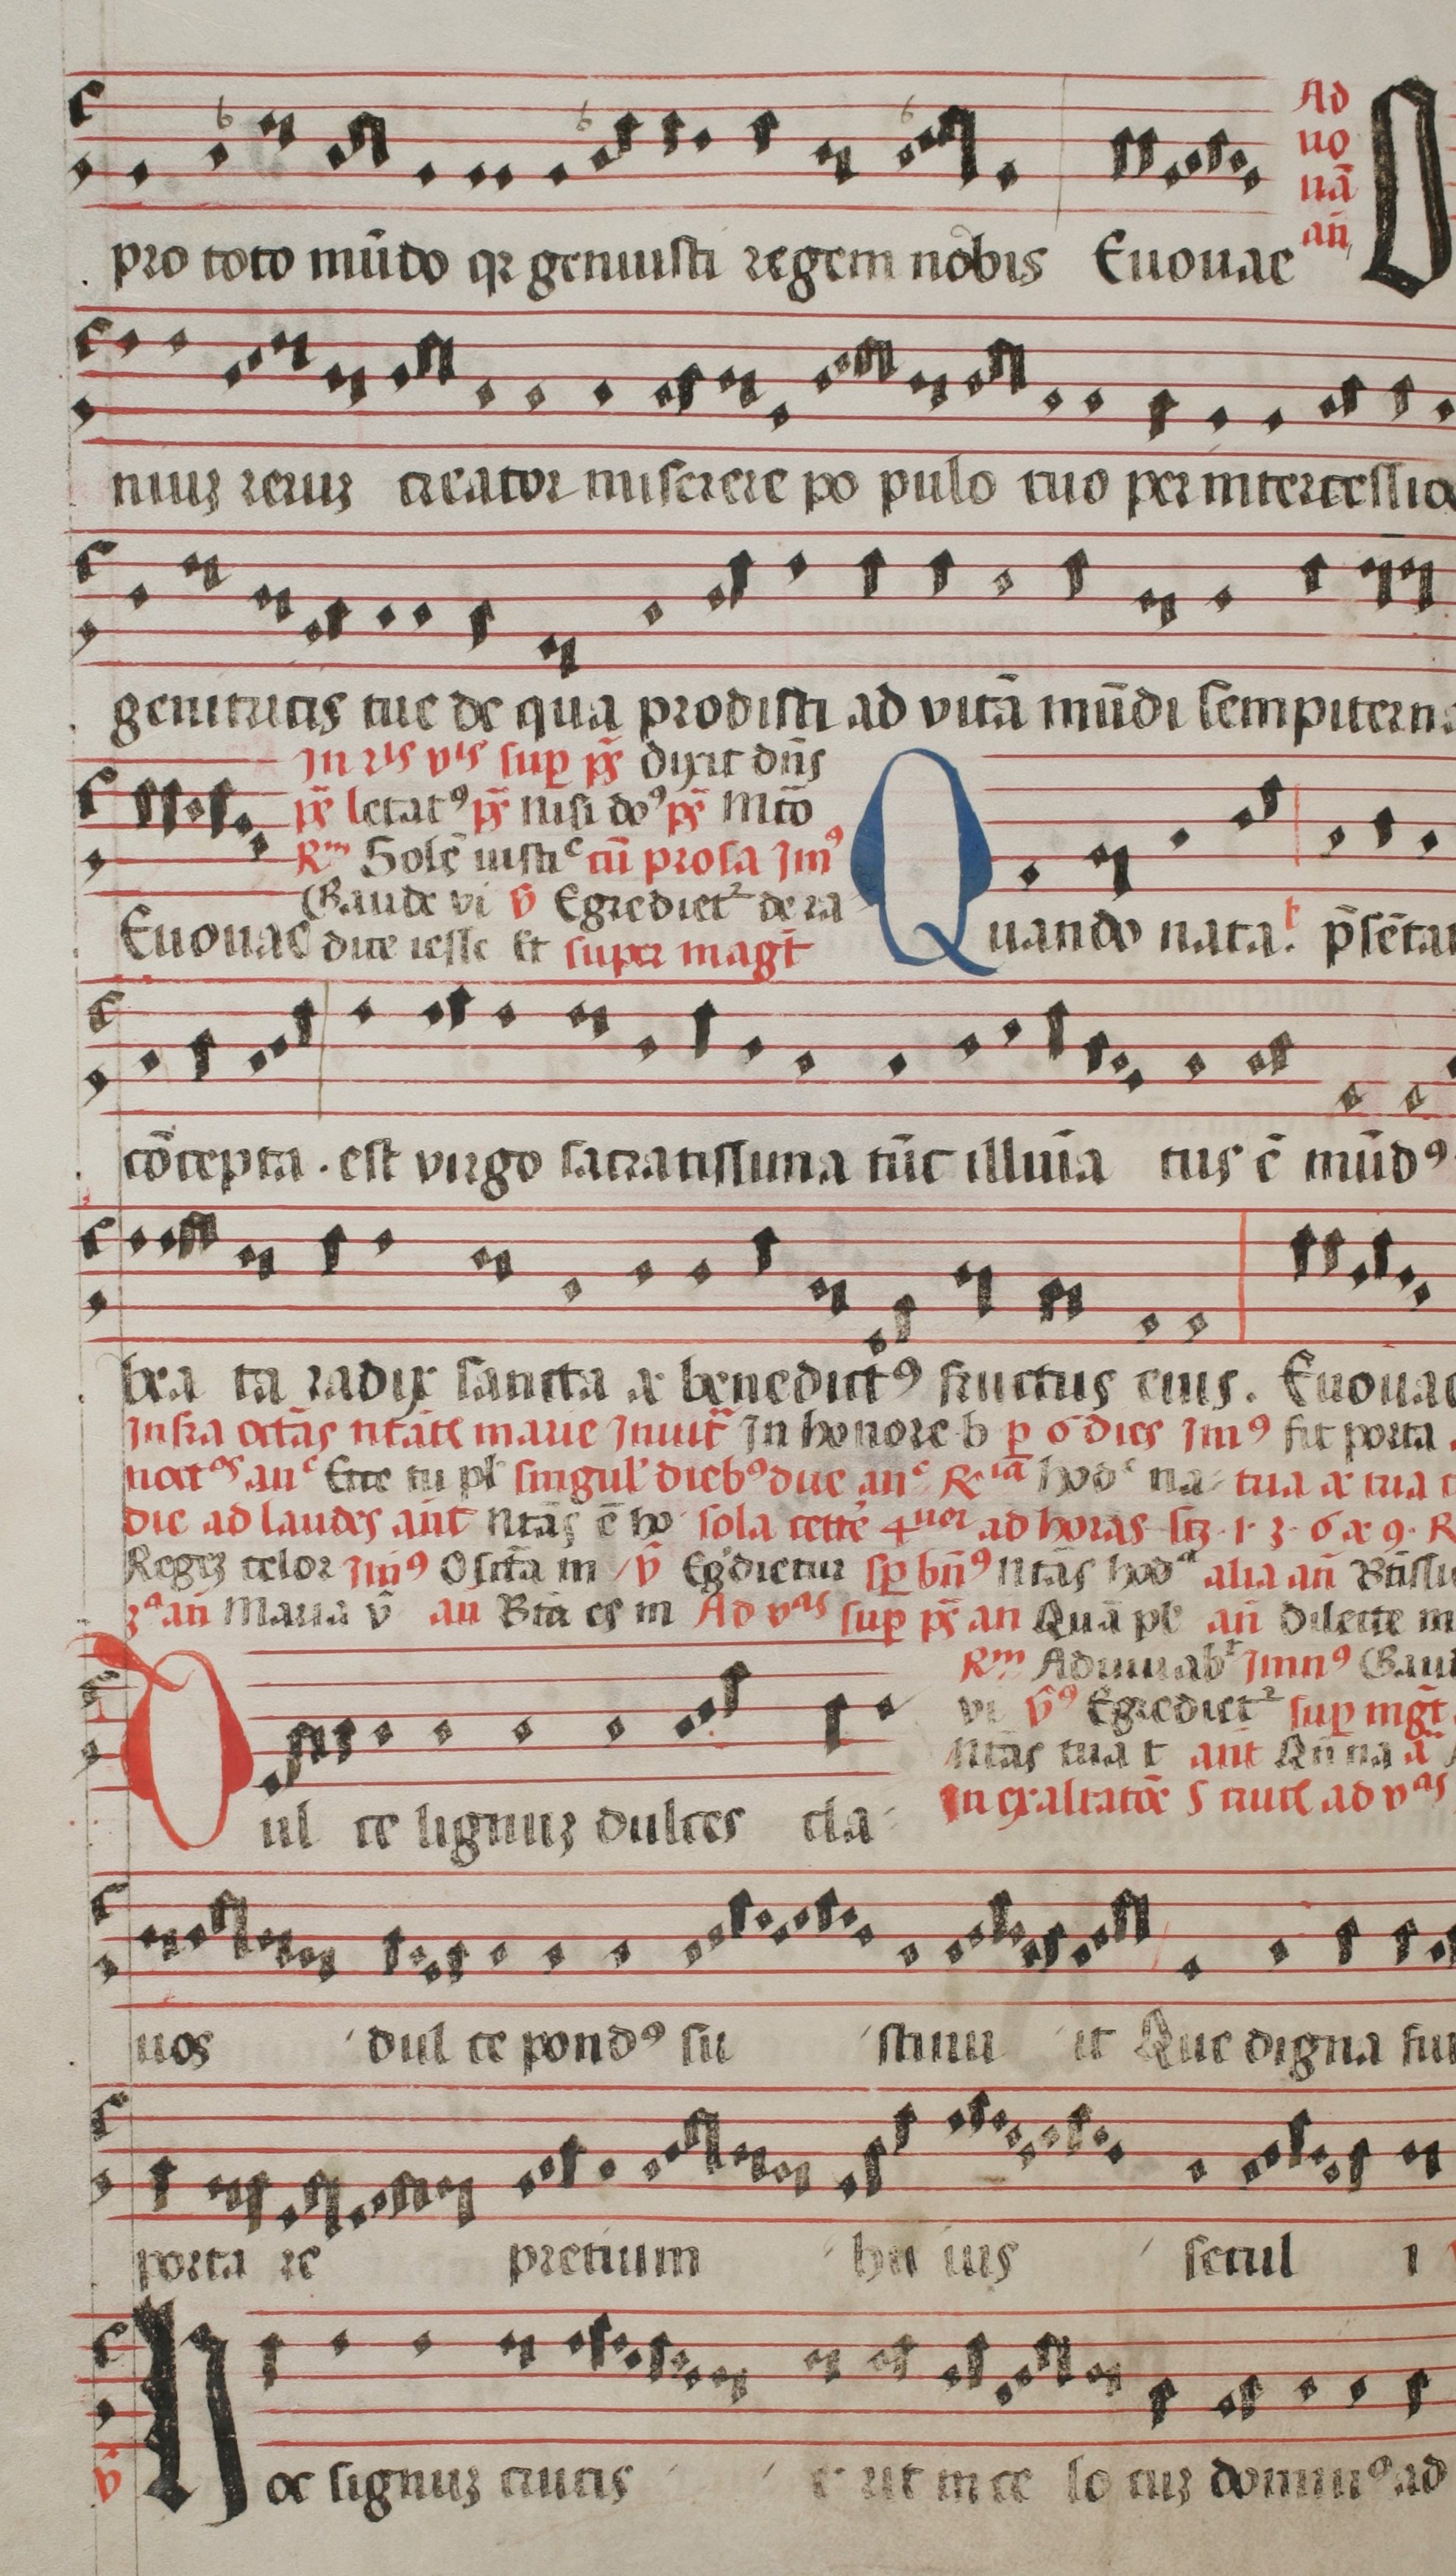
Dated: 1544–1544